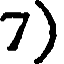
7)